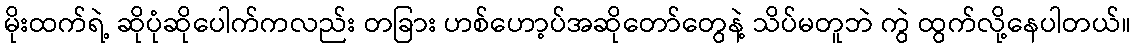
မိုးထက်ရဲ့ ဆိုပုံဆိုပေါက်ကလည်း တခြား ဟစ်ဟော့ပ်အဆိုတော်တွေနဲ့ သိပ်မတူဘဲ ကွဲ ထွက်လို့နေပါတယ်။